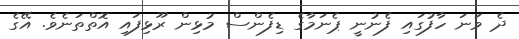
ދެ ވަނަ ހާފުގައި ފެނުނީ ޕެނަމާގެ ޑިފެންސް މުޅިން ރޫޅިފައި އޮތްތަނެވެ. އޭގެ